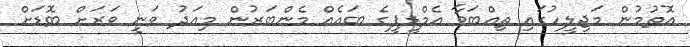
އޮތުމުން މަޖިލީހުގައި ތިއްބަވާ އެމްޑީޕީގެ ބައެއް މެންބަރުން މިއަދު ވަނީ ވަރަށް ބޮޑަށް